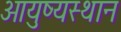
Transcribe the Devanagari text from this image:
आयुष्यस्थान